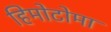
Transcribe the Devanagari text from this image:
हिमोटोमा